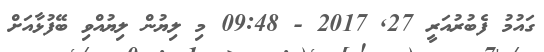
ގައުމު ފެބުރުއަރީ 27